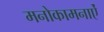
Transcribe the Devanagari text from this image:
मनोकामनाऐं